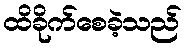
ထိခိုက်စေခဲ့သည်